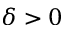
\delta > 0